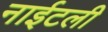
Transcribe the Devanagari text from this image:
नाईटली